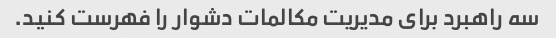
سه راهبرد برای مدیریت مکالمات دشوار را فهرست کنید.